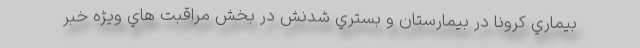
بيماري كرونا در بيمارستان و بستري شدنش در بخش مراقبت هاي ويژه خبر